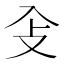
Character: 𠓠